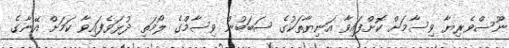
ނޫސްވެރިޔާ ވިސާމަށް ކޮށްފައިވާ އަނިޔާތަކުގެ ސަބަބުން ވިސާމްގެ ލޯމަތި ދުޅަވެފައިވާ ކަމަށް އޭނާގެ